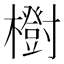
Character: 𣟑